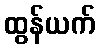
ထွန်ယက်